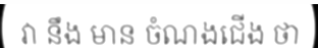
វា នឹង មាន ចំណងជើង ថា